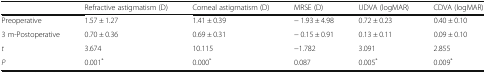
<table><thead><tr><td></td><td><b>Refractive astigmatism (D)</b></td><td><b>Corneal astigmatism (D)</b></td><td><b>MRSE (D)</b></td><td><b>UDVA (logMAR)</b></td><td><b>CDVA (logMAR)</b></td></tr></thead><tbody><tr><td>Preoperative</td><td>1.57 ± 1.27</td><td>1.41 ± 0.39</td><td>− 1.93 ± 4.98</td><td>0.72 ± 0.23</td><td>0.40 ± 0.10</td></tr><tr><td>3 m-Postoperative</td><td>0.70 ± 0.36</td><td>0.69 ± 0.31</td><td>− 0.15 ± 0.91</td><td>0.13 ± 0.11</td><td>0.09 ± 0.10</td></tr><tr><td><i>t</i></td><td>3.674</td><td>10.115</td><td>−1.782</td><td>3.091</td><td>2.855</td></tr><tr><td><i>P</i></td><td>0.001<sup>*</sup></td><td>0.000<sup>*</sup></td><td>0.087</td><td>0.005<sup>*</sup></td><td>0.009<sup>*</sup></td></tr></tbody></table>